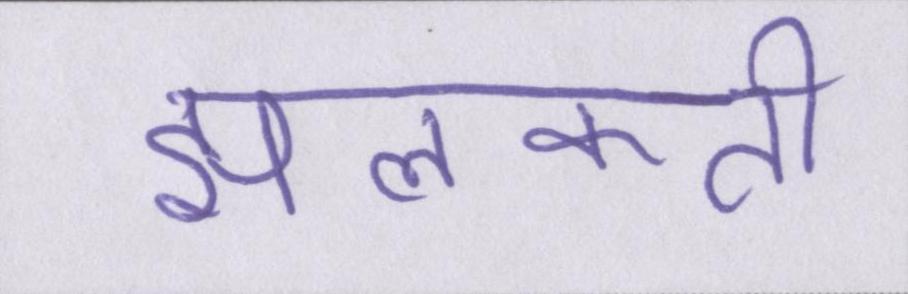
झलकती